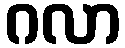
ဂလာ